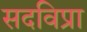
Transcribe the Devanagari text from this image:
सदविप्रा